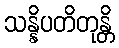
သန္နိပတိတုန္တိ